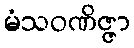
မံသဝဏိဇ္ဇာ